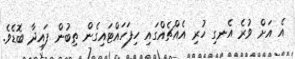
އެ އަށް ވުރެ އެނގި ހުރި އެއްޗެއްގައި ހިފަހައްޓައިގެން ތިބުން ފައިދާ ބޮޑެވެ.